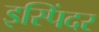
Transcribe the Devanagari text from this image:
इस्पिंदर